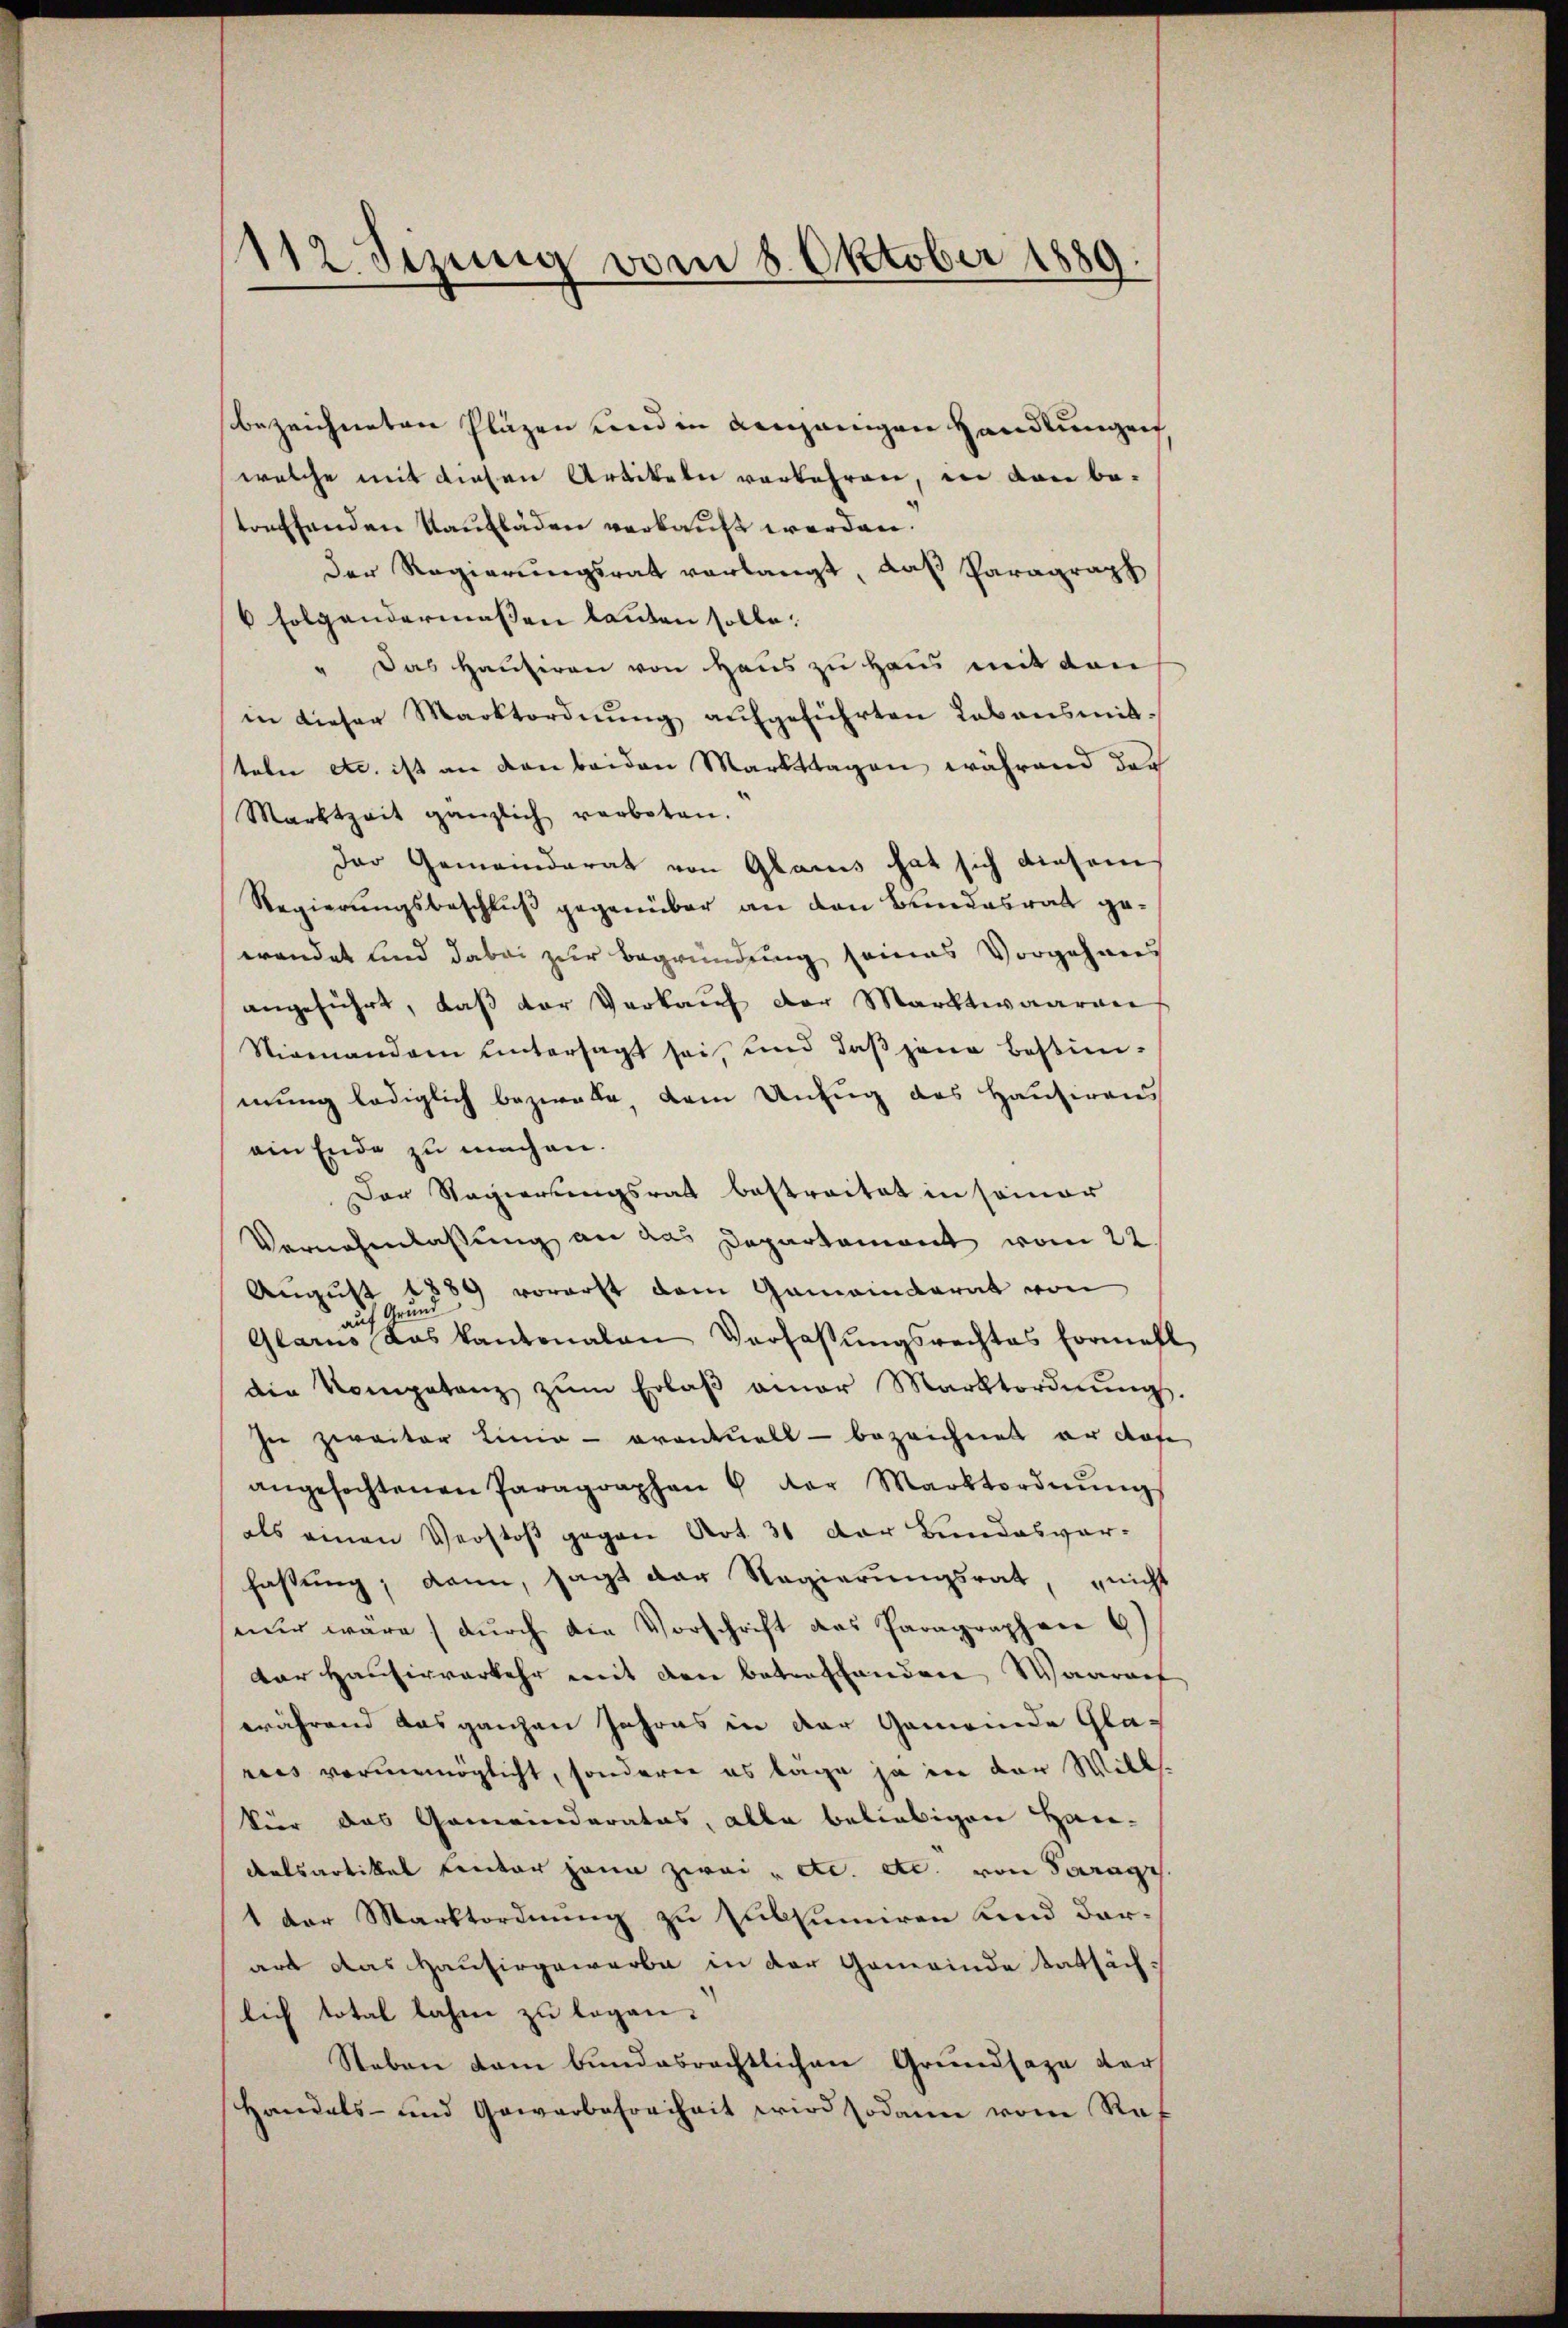
.
12. Sizung vom 8. Oktober 1889.

bezeichneten Pläzen und in demanigen Handlungen.
welche mit diesen Artikeln verkehren, in von be-
treffenden Kaufläden verkauft werden.
Der Regierungsrat verlangt, daß Paragraph
6 folgendermaßen lauten solle.
" Das Hausiren von Haus zu Haus mit den
in dieser Marktordnŭng aŭfgeführten Lebensmitteln etc. ist an den beiden Markttagen während der
Marktzeit gänzlich verboten.
der Gemeinderat von Glarus hat sich diesem
Regierungsbeschluß gegenüber an den Bendesrat gewendet und dabei zur Begründung seines Vorgehens
angeführt, daß der Verkauf der Marktwaaren
Nigenanden untersagt sei und daβ jene Bestim-
mung lediglich bezwake, dem Unfug des Hausirens
ein Ende zu machen.
Der Regierungsrath bestreitet in seiner
Vernehmlassung an das Departement vom 22.
August 1889 vorerst dem Gemeinderat von
auf Grund
Glarno das kantonalen Verfaßungsrechtes formahl
die Kompetenz zŭm Erlaβ aner Marktordnŭng.
In zweiter Linie - orantuell - bezeichnet er das
angefochtenen Paragraphen 6 der Marktordnŭngs
als einen Verstoß gegen Art. 31 der Bundesver-
fastung; dann, sagt der Regierungsrat, nicht
nur wäre (durch die Vorschrift des Paragraphene G
dor Hausirverkehr mit den betreffenden Waarauf
während das ganzen Jahres in der Gemeinde Glareis vorunmöglicht, sonderer es tage ja in der Will¬
Vier das Gemeinderates, alle beliebigen Han-
Aatsartikel Lentar hann zwei " etc. etc. von Paragr.
1 der Marktordnung zu subsumiren und darart das Hausirgewerbe in der Gemeinde tatsächlich total lahme zu legen.
Neben dem bundesrechtlichen Grundsaza der
Handels- und Gewerbefreiheit wird sodann vom Ref